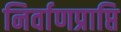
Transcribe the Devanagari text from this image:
निर्वाणप्राप्ति